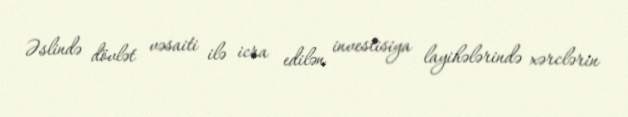
Əslində dövlət vəsaiti ilə icra edilən investisiya layihələrində xərclərin